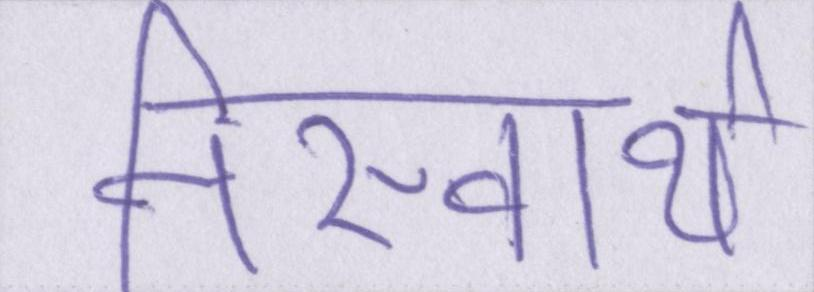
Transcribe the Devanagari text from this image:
निस्वार्थ